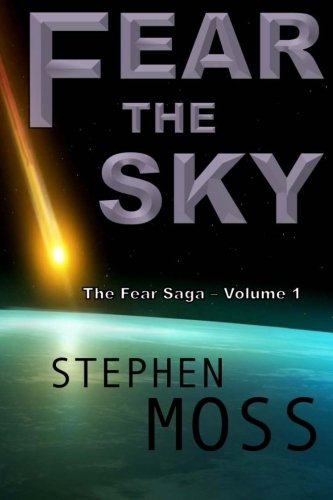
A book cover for Fear the Sky (The Fear Saga) (Volume 1); Stephen Moss; Science Fiction & Fantasy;